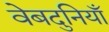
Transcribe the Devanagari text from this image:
वेबदुनियाँ